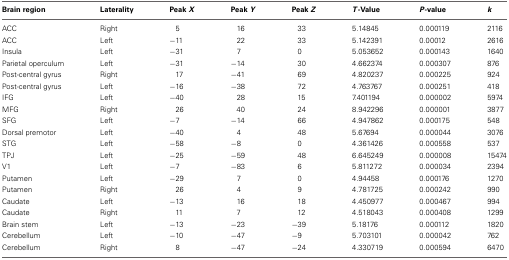
| Brain region | Laterality | Peak X | Peak Y | Peak Z | T-Value | P-value | k |
 | --- | --- | --- | --- | --- | --- | --- | --- |
 | ACC | Right | 5 | 16 | 33 | 5.14845 | 0.000119 | 2116 |
 | ACC | Left | −11 | 22 | 33 | 5.142391 | 0.00012 | 2616 |
 | Insula | Left | −31 | 7 | 0 | 5.053652 | 0.000143 | 1640 |
 | Parietal operculum | Left | −31 | −14 | 30 | 4.662374 | 0.000307 | 876 |
 | Post-central gyrus | Right | 17 | −41 | 69 | 4.820237 | 0.000225 | 924 |
 | Post-central gyrus | Left | −16 | −38 | 72 | 4.763767 | 0.000251 | 418 |
 | IFG | Left | −40 | 28 | 15 | 7.401194 | 0.000002 | 5974 |
 | MFG | Right | 26 | 40 | 24 | 8.942296 | 0.000001 | 3877 |
 | SFG | Left | −7 | −14 | 66 | 4.947862 | 0.000175 | 548 |
 | Dorsal premotor | Left | −40 | 4 | 48 | 5.67694 | 0.000044 | 3076 |
 | STG | Left | −58 | −8 | 0 | 4.361426 | 0.000558 | 537 |
 | TPJ | Left | −25 | −59 | 48 | 6.645249 | 0.000008 | 15474 |
 | V1 | Left | −7 | −83 | 6 | 5.811272 | 0.000034 | 2394 |
 | Putamen | Left | −29 | 7 | 0 | 4.94458 | 0.000176 | 1270 |
 | Putamen | Right | 26 | 4 | 9 | 4.781725 | 0.000242 | 990 |
 | Caudate | Left | −13 | 16 | 18 | 4.450977 | 0.000467 | 994 |
 | Caudate | Right | 11 | 7 | 12 | 4.518043 | 0.000408 | 1299 |
 | Brain stem | Left | −13 | −23 | −39 | 5.18176 | 0.000112 | 1820 |
 | Cerebellum | Left | −10 | −47 | −9 | 5.703101 | 0.000042 | 762 |
 | Cerebellum | Right | 8 | −47 | −24 | 4.330719 | 0.000594 | 6470 |